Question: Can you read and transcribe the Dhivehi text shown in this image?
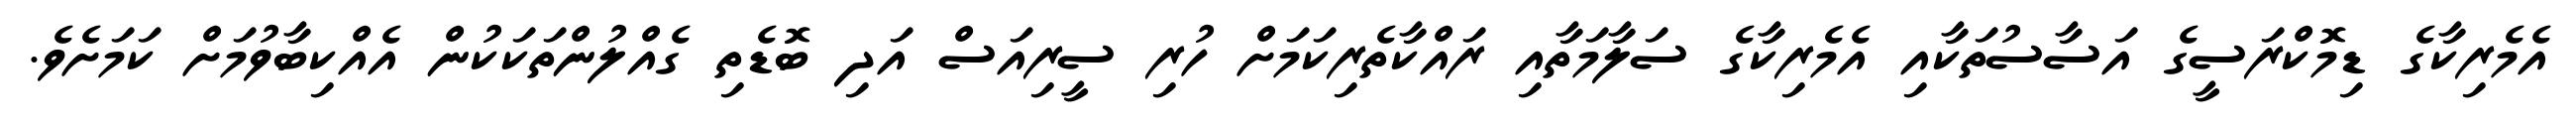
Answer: އެމެރިކާގެ ޑިމޮކްރަސީގެ އަސާސުތަކާއި އެމެރިކާގެ ސަލާމަތާއި ރައްކާތެރިކަމަށް ހުރި ސީރިއަސް އަދި ބޮޑެތި ގެއްލުންތަކަކުން އެއްކިބާވުމަށް ކަމަށެވެ.